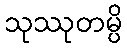
သုဿုတမ္ပိ